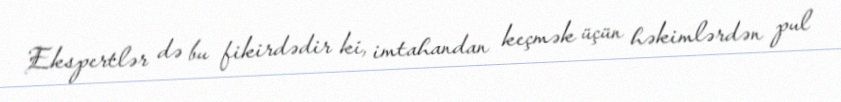
Ekspertlər də bu fikirdədir ki, imtahandan keçmək üçün həkimlərdən pul